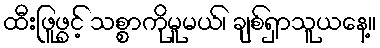
ထီးဖြူဖွင့် သစ္စာကိုမူမယ်၊ ချစ်ရှာသူယနေ့။